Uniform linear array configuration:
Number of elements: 48
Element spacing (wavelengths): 0.75
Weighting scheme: hann
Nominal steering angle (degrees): -30
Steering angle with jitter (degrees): -31.72
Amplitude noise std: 0.05
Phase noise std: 0.05

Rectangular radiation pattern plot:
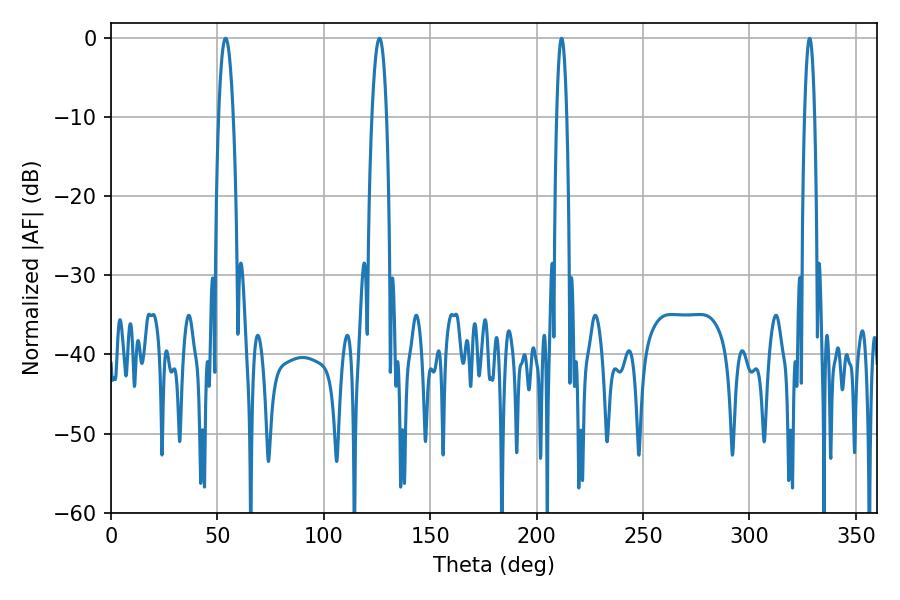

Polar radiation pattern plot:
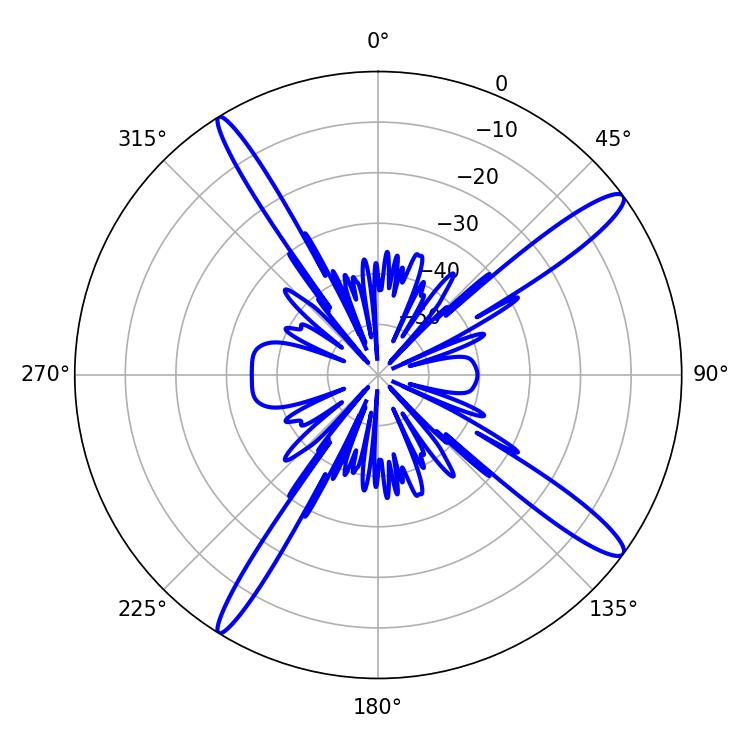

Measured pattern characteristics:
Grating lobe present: TRUE
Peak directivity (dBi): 14.956
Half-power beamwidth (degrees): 3.78
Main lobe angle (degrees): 53.82